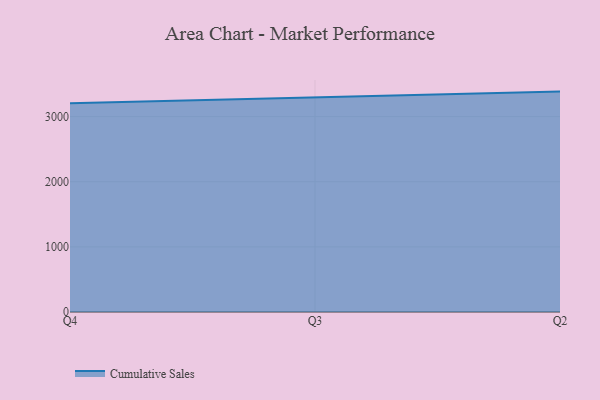
{"axis": {"x": "Quarter", "y": "LTV (USD)"}, "legend": ["Cumulative Sales"], "data": [{"x": "Q4", "y": 3203.6, "type": "Cumulative Sales"}, {"x": "Q3", "y": 3297.3, "type": "Cumulative Sales"}, {"x": "Q2", "y": 3383.8, "type": "Cumulative Sales"}]}